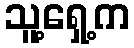
သူ့ရှေ့က